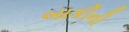
બાકીની